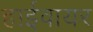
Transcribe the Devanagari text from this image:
हाईवायर